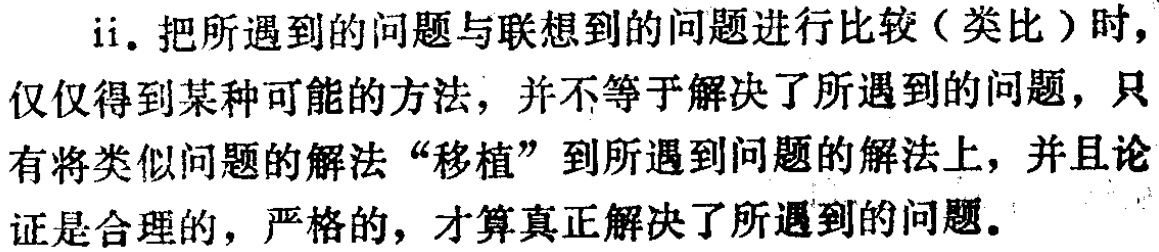
ii. 把所遇到的问题与联想到的问题进行比较（类比）时，仅仅得到某种可能的方法，并不等于解决了所遇到的问题，只有将类似问题的解法“移植”到所遇到问题的解法上，并且论证是合理的，严格的，才算真正解决了所遇到的问题。